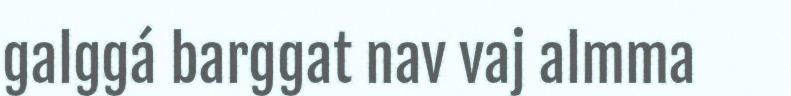
galggá barggat nav vaj almma